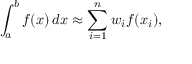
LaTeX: \int _ { a } ^ { b } f ( x ) \, d x \approx \sum _ { i = 1 } ^ { n } w _ { i } f ( x _ { i } ) ,